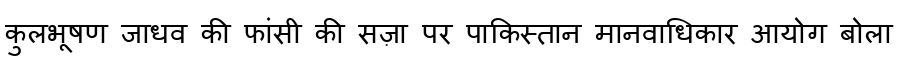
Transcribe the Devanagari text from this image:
कुलभूषण जाधव की फांसी की सज़ा पर पाकिस्तान मानवाधिकार आयोग बोला